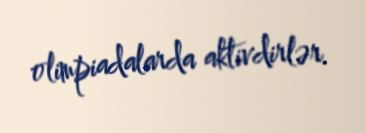
olimpiadalarda aktivdirlər.